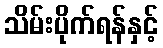
သိမ်းပိုက်ရန်နှင့်